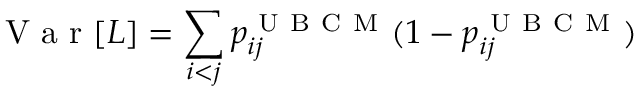
\mathrm { ~ V ~ a ~ r ~ } [ L ] = \sum _ { i < j } p _ { i j } ^ { \mathrm { ~ U ~ B ~ C ~ M ~ } } ( 1 - p _ { i j } ^ { \mathrm { ~ U ~ B ~ C ~ M ~ } } )